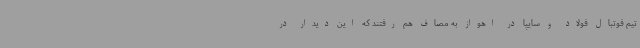
تیم فوتبال فولاد و سایپا در اهواز به مصاف هم رفتند که این دیدار در